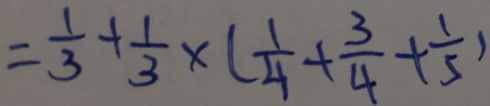
= \frac { 1 } { 3 } + \frac { 1 } { 3 } \times ( \frac { 1 } { 4 } + \frac { 3 } { 4 } + \frac { 1 } { 5 } )